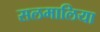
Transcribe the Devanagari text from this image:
सलमालिया